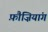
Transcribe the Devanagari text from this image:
फ़ौज़ियांग